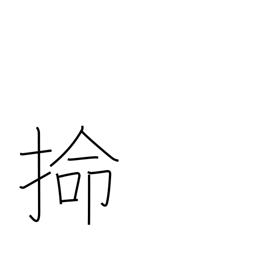
Meaning: alluvial terraced land